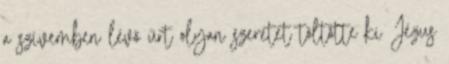
a szívemben lévő űrt olyan szeretet töltötte ki Jézus